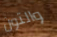
والتون